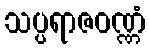
သပ္ပရာဇဝဏ္ဏံ